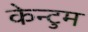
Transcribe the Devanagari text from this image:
केन्टुम